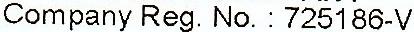
COMPANY REG. NO.: 725186-V